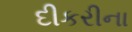
દીકરીના